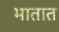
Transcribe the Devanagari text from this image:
भातात